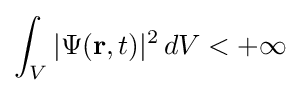
\int _{V}|\Psi (\mathbf {r} ,t)|^{2}\,dV<+\infty